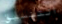
التنسيق